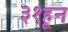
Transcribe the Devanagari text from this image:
३१हून